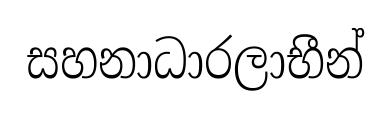
සහනාධාරලාභීන්